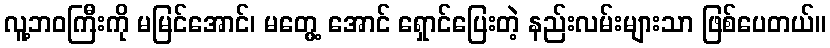
လူ့ဘဝကြီးကို မမြင်အောင်၊ မတွေ့ အောင် ရှောင်ပြေးတဲ့ နည်းလမ်းများသာ ဖြစ်ပေတယ်။